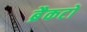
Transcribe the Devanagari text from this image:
ब्रैकटों